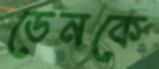
ডেনকে